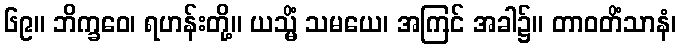
၆၉။ ဘိက္ခဝေ၊ ရဟန်းတို့။ ယသ္မိံ သမယေ၊ အကြင် အခါ၌။ တာဝတိံသာနံ၊